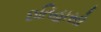
ઇતિહાસો